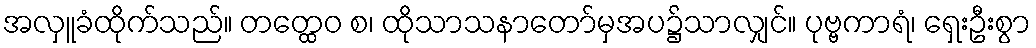
အလှူခံထိုက်သည်။ တတ္ထေဝ စ၊ ထိုသာသနာတော်မှအပ၌သာလျှင်။ ပုဗ္ဗကာရံ၊ ရှေးဦးစွာ